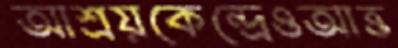
আশ্রয়কেন্দ্রেওআত্ত